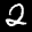
Label: 2